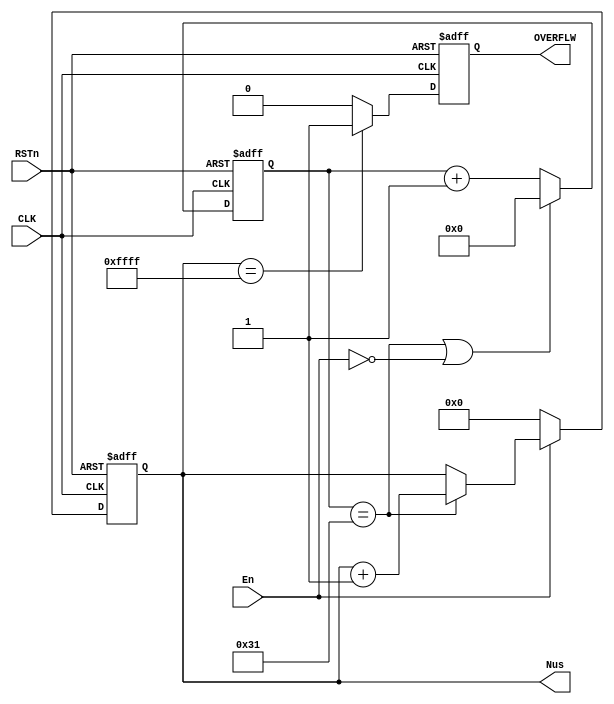

/**********************DAMMSTANGER COPYRIGHT @2016************************/	
//Time_us_64b
//	 us642^64-1us 50MHz
//	 dammstanger
//	 20161003
/*************************************************************************/	
module Time_us_64b 
(
    CLK, RSTn, En, Nus, OVERFLW
);
   input CLK;
	 input RSTn;
	 input En;
	 output [63:0]Nus;
	 output OVERFLW;
	 
	 /****************************************/
	 parameter T1USval = 6'd49;					//50MHz50M*0.000001-1=49
	 
	 /***************************************/
		reg [5:0]Count;
	always @ ( posedge CLK or negedge RSTn )
		if( !RSTn )
			Count <= 6'd0;
		else if( (Count == T1USval)||(!En))
			Count <= 6'd0;
		else 
			Count <= Count + 1'b1;
	
    /****************************************/	
		reg rOVERFLW;
    reg [63:0]Countus;
	 always @ ( posedge CLK or negedge RSTn )
		if( !RSTn )begin
			Countus <= 1'd0;
			rOVERFLW <= 1'b0;
		end
		else begin
			if(En)begin
				if(Count == T1USval)
					Countus <= Countus + 1'b1;
				else
					Countus <= Countus;
			end
			else 
				Countus <= 1'b0;
				
			if(Countus==16'hffff)
				rOVERFLW <= 1'b1;
			else
				rOVERFLW <= 1'b0;
		end
	
   /********************************************/
	 assign Nus = Countus;
	 assign OVERFLW = rOVERFLW;

	 /********************************************/
		      

endmodule